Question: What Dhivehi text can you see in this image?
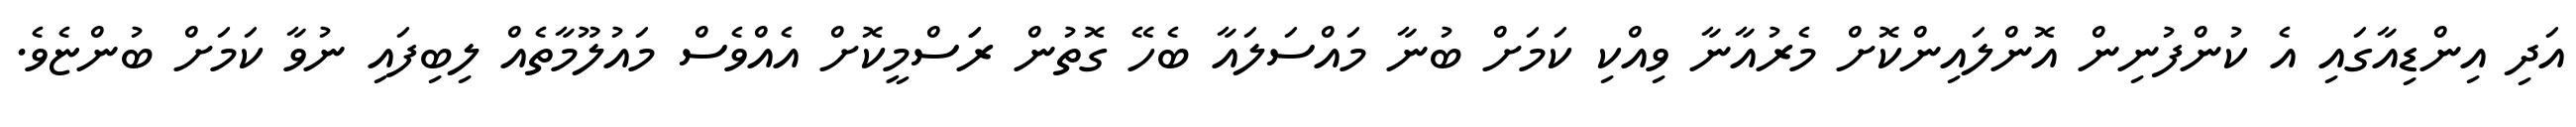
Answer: އަދި އިންޑިއާގައި އެ ކުންފުނިން އޮންލައިންކޮށް މެރުއާނާ ވިއްކި ކަމަށް ބުނާ މައްސަލައާ ބެހޭ ގޮތުން ރަަސްމީކޮށް އެއްވެސް މައުލޫމާތެއް ލިބިފައި ނުވާ ކަމަށް ބުންޏެވެ.